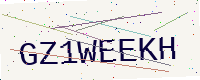
Text: GZ1WEEKH